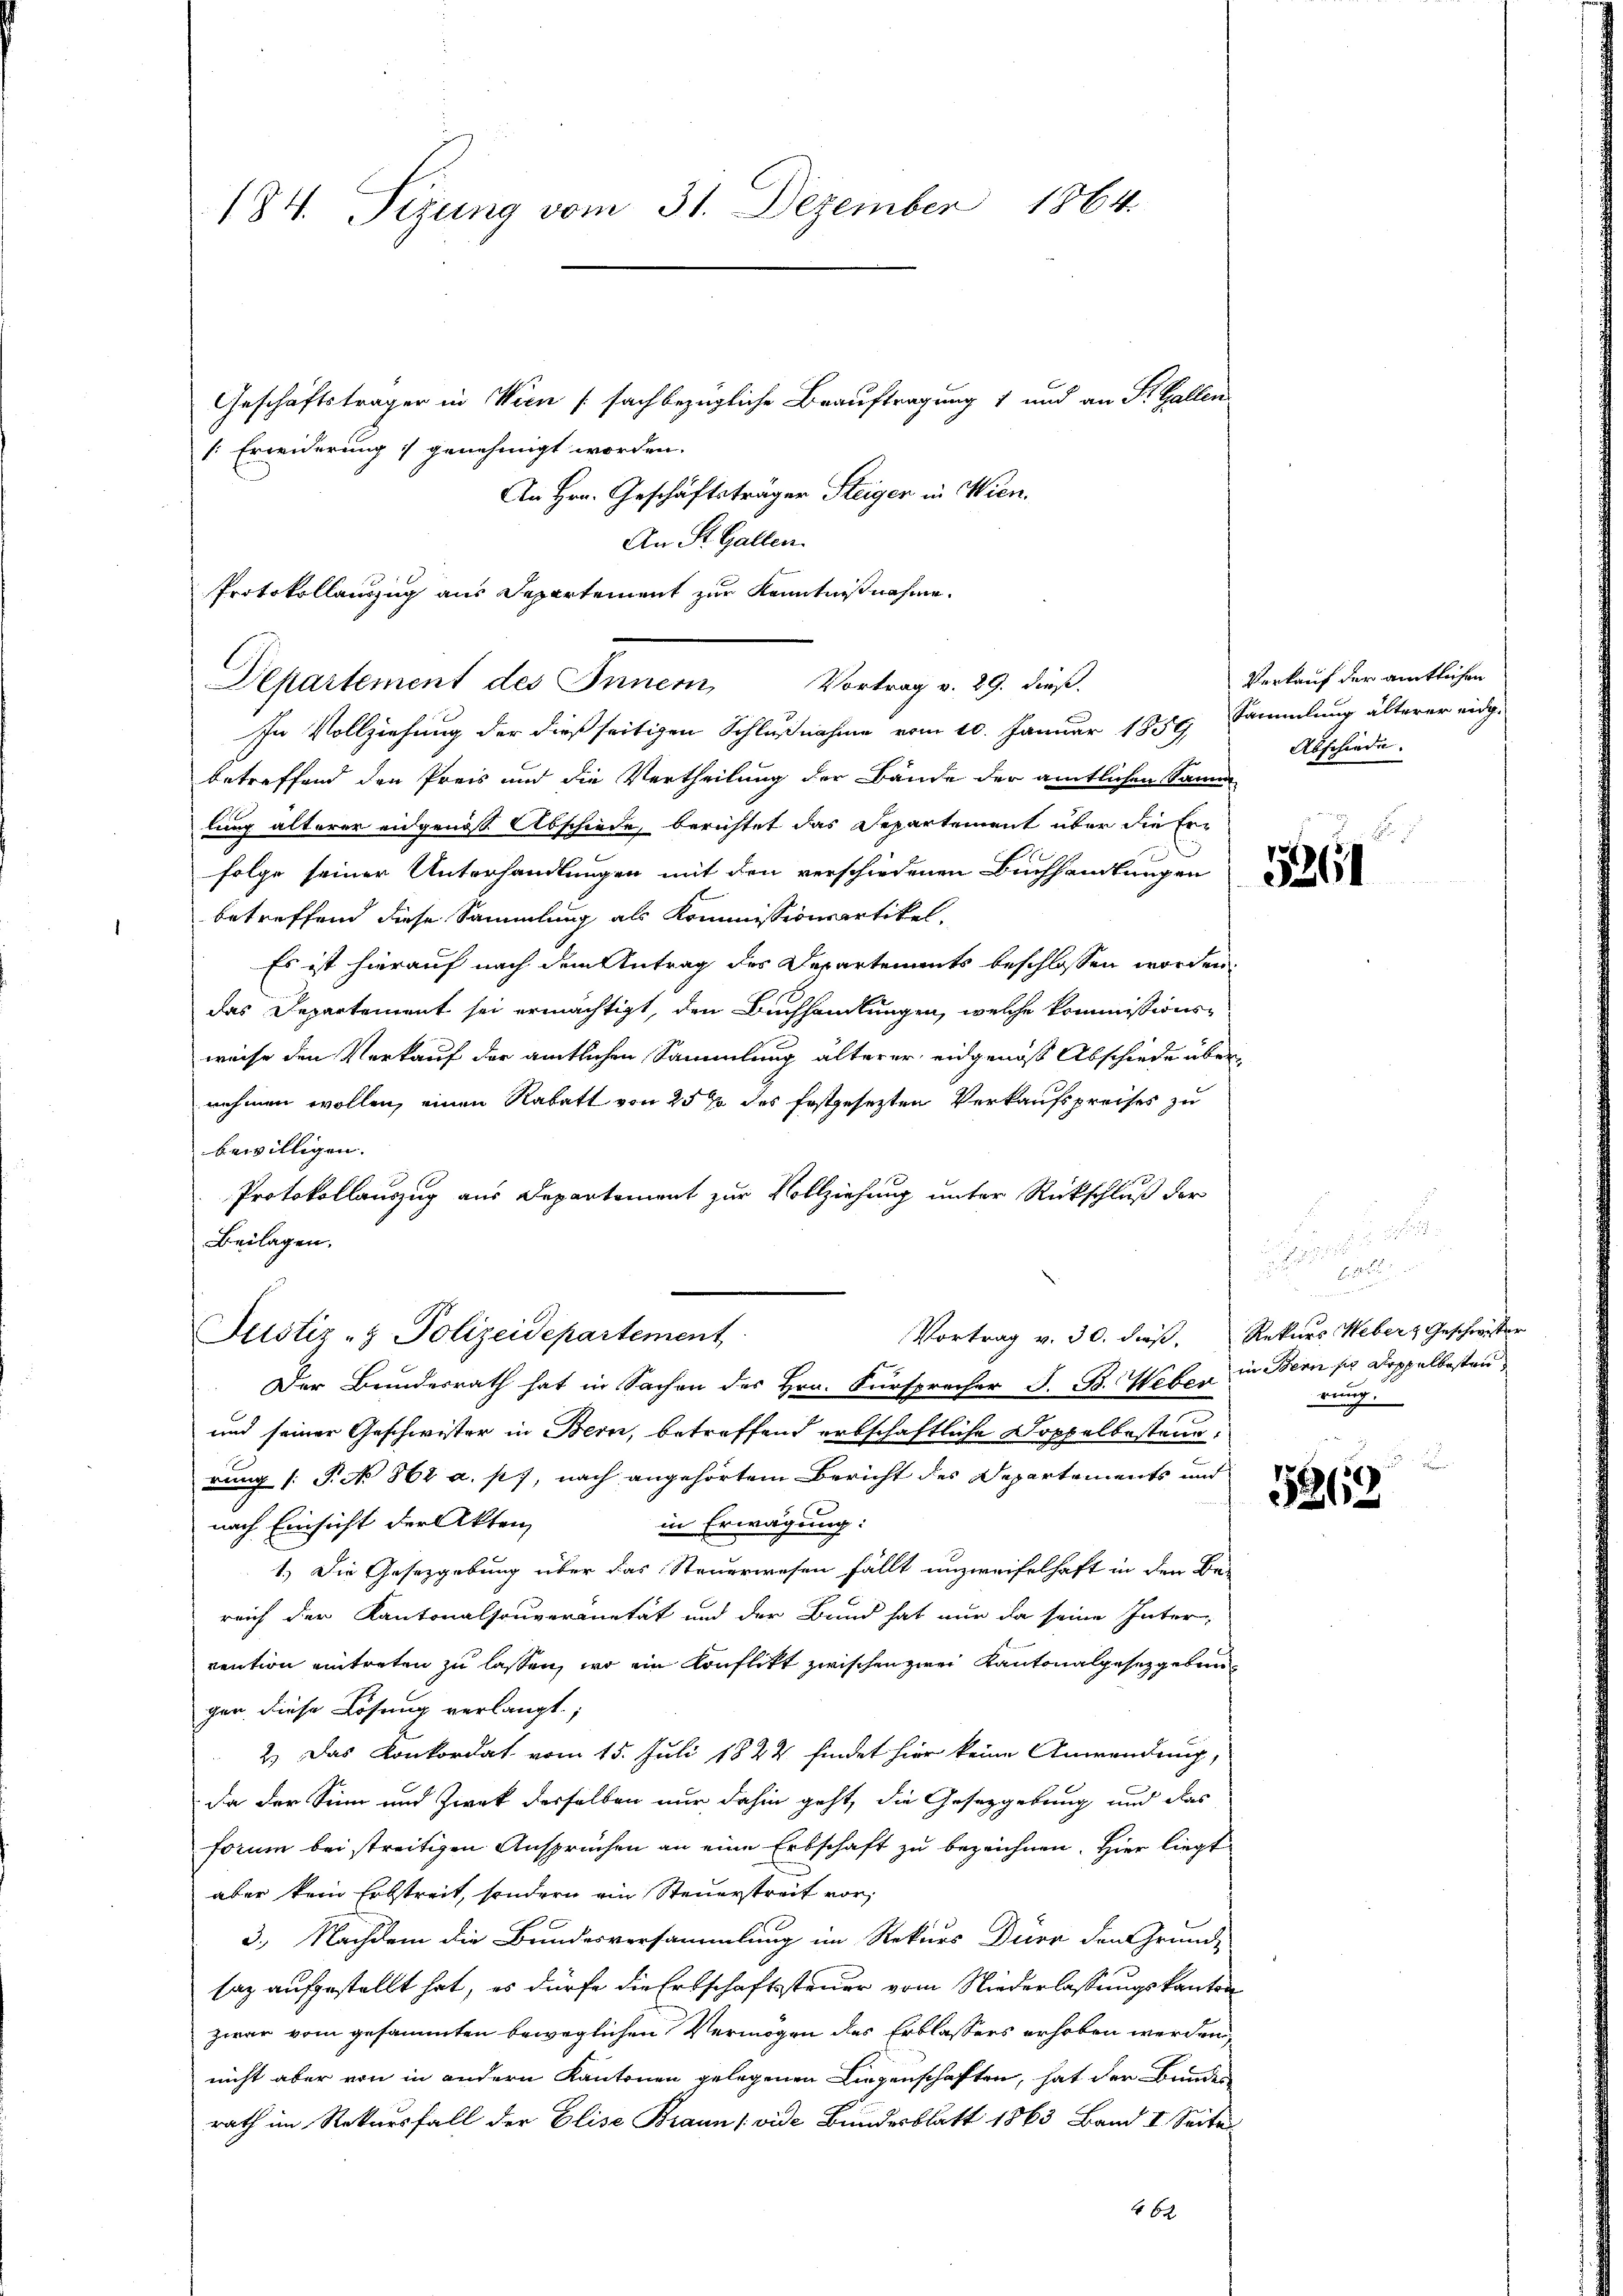
184. Tizung vom 31. Dezember 1864.

Geschäftsträger in Wien (sachbezügliche Beauftragung 1 und an St. Gallen
[Erwiderung genehmigt worden.
An Hrn. Geschäftsträger Steiger in Wien.
An St. Gallen.
Protokollauszug aus Departement zur Kenntnißnahme.
In Vollziehung der dießseitigen Schlußnahme vom 10. Januar 1859 Sammlung älterer eidg.
betreffend den Preis und die Vertheilung der Bände der amtlichen Samm
lung alterer eidgenos Abschiede, berichtet das Departement über die Erfolge seiner Unterhandlungen mit den verschiedenen Buchhandlungen
betreffend diese Sammlung als Kommissionsartikel.
Es ist hierauf nach dem Antrag des Departements beschlossen worden.
das Departement sei ermächtigt, den Buchhandlungen, welche kommissionsweise den Verkauf der amtlichen Sammlung älterer eidgenoß Abschiede über
nehmen wollen, einen Rabatt von 25% des festgesezten Verkaufspreises zu
bewilligen.
Protokollauszug aus Departement zur Vollziehung unter Rückschluß der
Beilagen.
Vortrag v. 30. dieß. Rekurs Webers Geschwister
Justiz- & Polizeidepartement
Der Bundesrath hat in Sachen des Hrn. Fürsprecher J. B. Weber
und seiner Geschwister in Bern, betreffend erbschaftliche Doppelbestand,
rung (: P. No 862 a. p., nach angehörtem Bericht des Departements und
nach Einsicht der Akten,
in Erwägung:
1.) Die Gesetzgebung über das Steuerwesen fällt unzweifelhaft in den Be-
reich der Kantonalsouveränität und der Bund hat nur da seine Inter-
vention eintreten zu lassen, wo ein Konflikt zwischen zwei Kantonalgesetzgeben
gen, diese Lösung verlangt;
2.) Das Konkordat vom 15. Juli 1824 findet hier keine Anwendung,
da der Sinn und Zwek derselben nur dahin geht, die Gesetzgebung und das
forum bei streitigen Ansprüchen an eine Erbschaft zu bezeichnen. Hier liegt
aber kein Erbstreit, sondern ein Steuerstreit vor,
3.) Nachdem die Brindesversammlung im Rekurs Dürr den Grund-
saz aufgestellt hat, es dürfe die Erbschaftssteuer vom Niederlassungskanton
zwar vom gesammten beweglichen Vermögen des Erblassers erhoben werden,
nicht aber von in andern Kantonen gelegenen Liegenschaften, hat der Bundes
rath im Rekursfall der Elise Braun (vide Bundesblatt 1863 Band I. Seite

Departement des Innern, Vortrag v. 29. dieß.

Verkauf der amtlichen
Abschiede

.

n
in Bern so doppelbesten
rung.

5313